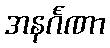
အနင်္ဂဏာ